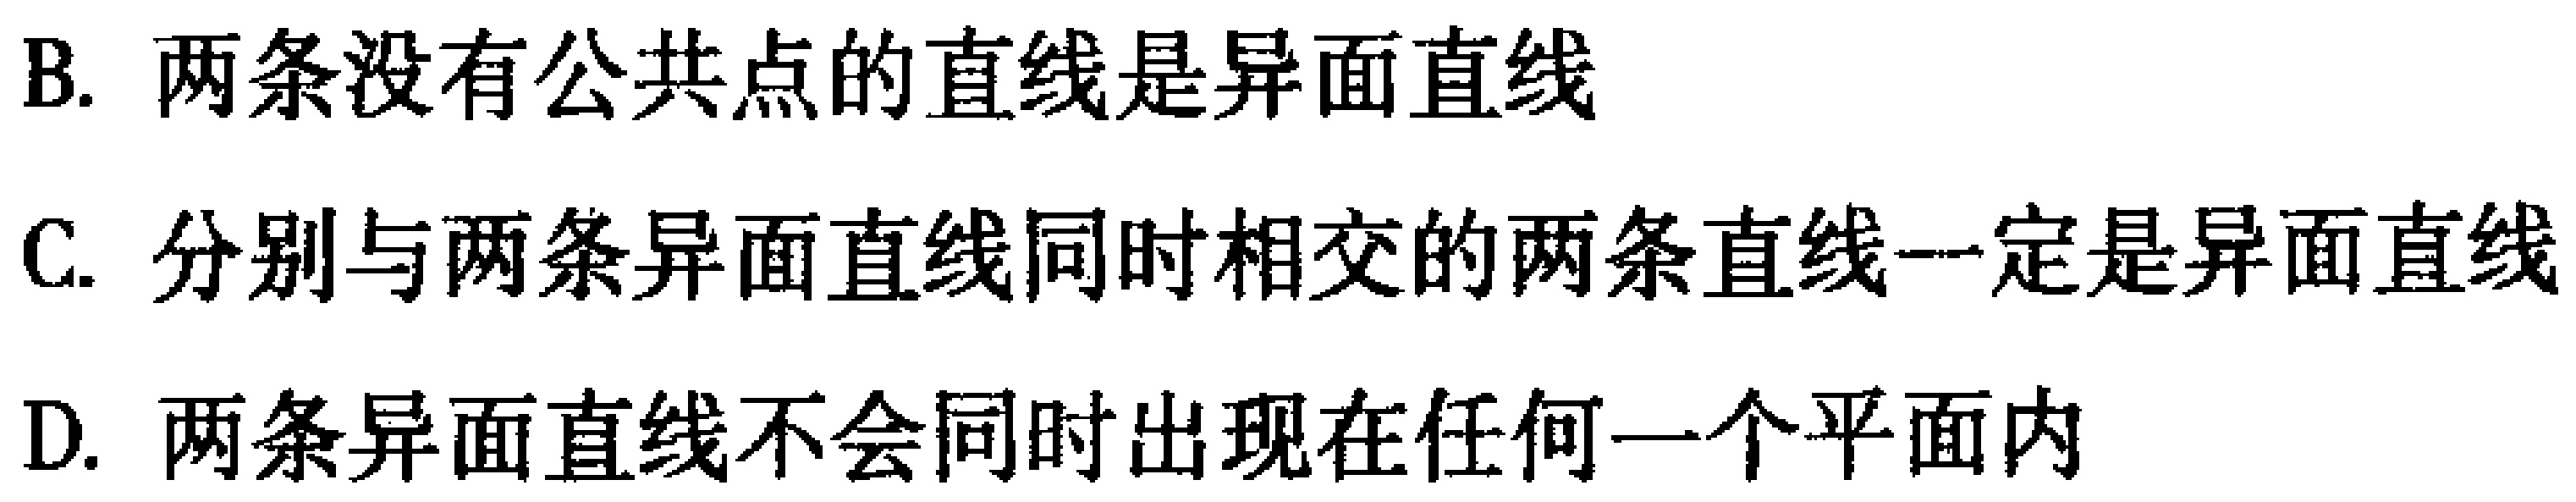
B. 两条没有公共点的直线是异面直线
C. 分别与两条异面直线同时相交的两条直线一定是异面直线
D. 两条异面直线不会同时出现在任何一个平面内